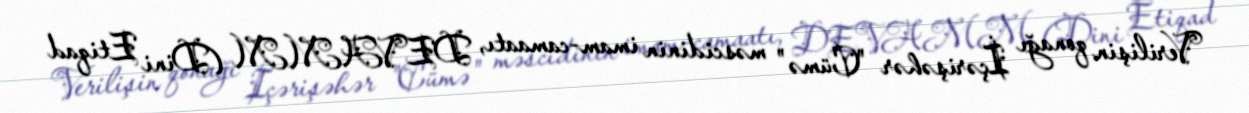
Verilişin qonağı İçərişəhər "Cümə" məscidinin imam-camaatı, DEVAMM (Dini Etiqad